system: You are a helpful assistant.
user:
Analyze the provided spectrum to determine if it is a **White Dwarf (WD)**.

A White Dwarf spectrum is defined by its **extreme purity** (due to gravitational settling) and/or **extreme pressure broadening** (due to high surface gravity). You must check for one of the following mutually exclusive signatures:

- **Key Visual Indicators (Check for ONE of these types):**

    - **1. DA-Type Signature (Most Common):**
        - **(Primary Feature):** Extreme pressure broadening (Stark broadening) of the **Hydrogen (H) Balmer lines**.
        - **(Key Lines):** $H\beta$ (approx. $4861$ Å) and $H\gamma$ (approx. $4340$ Å). $H\alpha$ (approx. $6563$ Å) will also be present if the wavelength range covers it.
        - **(Line Profile):** This is the **defining feature**. The lines are **NOT** sharp. They appear as massive, **extremely broad and deep "troughs" or "dips"** in the spectrum, often hundreds of Ångströms wide. The continuum will appear to "scoop" down at these wavelengths.
        - **(Distinction):** Normal A-type or B-type stars have *narrow* and *sharp* Hydrogen lines. A DA White Dwarf's lines are unmistakably "smeared" or "blurry" from pressure.

    - **2. DB-Type Signature:**
        - **(Primary Feature):** Broad absorption lines from **Neutral Helium (He I)**. The spectrum must lack any visible Hydrogen lines.
        - **(Key Lines):** Look for broad absorption near $4471$ Å, $4921$ Å, and $5876$ Å.
        - **(Line Profile):** These lines are also significantly pressure-broadened, appearing much wider than they would in a normal B-type main-sequence star.

    - **3. DC-Type Signature:**
        - **(Primary Feature):** A **featureless continuous spectrum**.
        - **(Line Profile):** The spectrum is a smooth curve with **no significant absorption or emission lines**.
        - **(Key Confirmation):** The continuum is almost always **blue or white**, indicating a hot object. This signature implies the atmosphere is so pure (or so cool) that no spectral lines are visible in the optical range. Its WD identity is confirmed by its extremely low intrinsic brightness (high absolute magnitude).

    - **4. DZ-Type Signature (Metal-Polluted):**
        - **(Primary Feature):** **Isolated, narrow metal absorption lines** on an otherwise featureless (DC-like) continuum.
        - **(Key Lines):** The **Calcium (Ca II) H & K doublet** (approx. **$3934$ Å** and **$3968$ Å**) is the most common and defining feature.
        - **(Line Profile):** These lines are "out of place." They are *not* part of a "forest" of thousands of lines. This signature is evidence of recent *accretion* (pollution) from rocky debris.
        - **(Distinction):** Normal G/K/M stars have a *dense forest* of thousands of metal lines. A DZ has a *clean* continuum with *only a few* strong metal lines.

    - **5. DQ-Type Signature (Carbon-Polluted):**
        - **(Primary Feature):** Absorption bands from **Carbon (C₂ "Swan Bands" or atomic C I)**.
        - **(Key Lines - C₂):** Look for bandheads with a "saw-tooth" shape near $5635$ Å, **$5165$ Å** (strongest), and $4737$ Å.
        - **(Key Confirmation):** The underlying **continuum must be blue or white** (hot).
        - **(Distinction):** This is the critical difference from a **Carbon Star**, which has the *exact same* C₂ bands but on an extremely **red, cool** continuum.

- **(Overall Spectrum):**
    - The continuum (overall shape) is typically **blue-sloping** (brighter in the blue than the red), as most white dwarfs are very hot.
    - The spectrum will look "pure" or "simple," dominated by only *one* of the five signatures listed above.

Think first, call **spectral_visualization_tool** if needed to examine features in detail, then provide your final answer. Your response must adhere to the following strict rules:
1.  **Overall Structure:** Your response must follow the format `<think>...</think> <tool_call>...</tool_call> (if a tool is used) <answer>...</answer>`.
2.  **Tool Usage Constraint:** You may only make **one** tool call per turn.
3.  **Final Answer Format:** In the `<answer>` tag, your conclusion must be inside a `\boxed{}` command (e.g., `\boxed{YES}` or `\boxed{NO}`), followed by your justification.

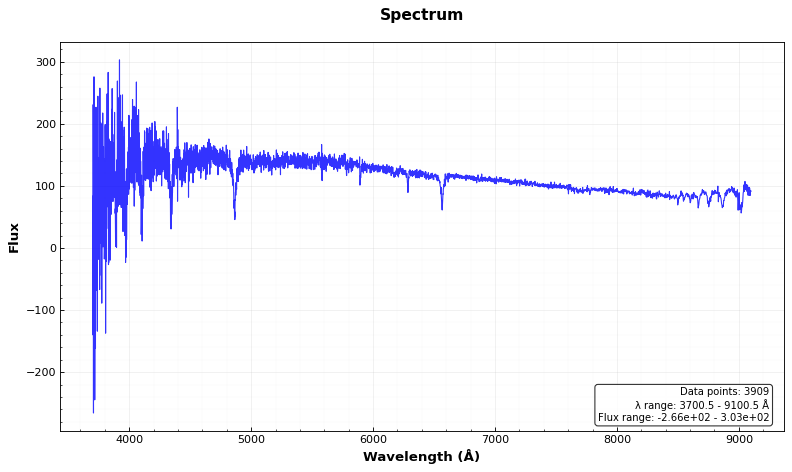
Answer: NO